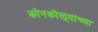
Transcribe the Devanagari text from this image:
कोनकोळ्यांच्या